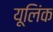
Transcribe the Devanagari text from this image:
यूलिंक